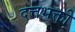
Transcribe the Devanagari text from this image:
दत्तभक्ती